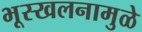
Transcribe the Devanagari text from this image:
भूस्खलनामुळे